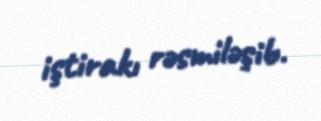
iştirakı rəsmiləşib.